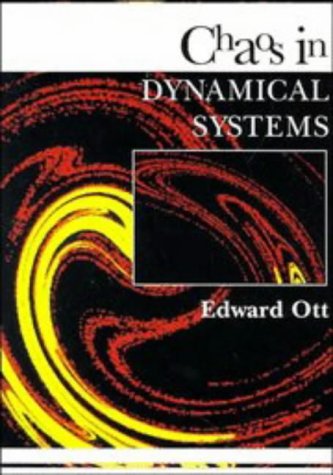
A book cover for Chaos in Dynamical Systems; Edward Ott; Science & Math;